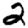
Digit: 2